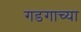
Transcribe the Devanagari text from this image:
गडगाच्या